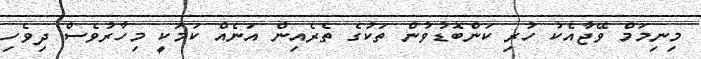
މިނިމަމް ވޭޖާއެކު ހުރި ކަންބޮޑުވުން ތަކުގެ ތެރެއިން އަނެއް ކަމަކީ މިހާރުވެސް ދިވެހި